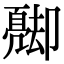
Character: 𠨦